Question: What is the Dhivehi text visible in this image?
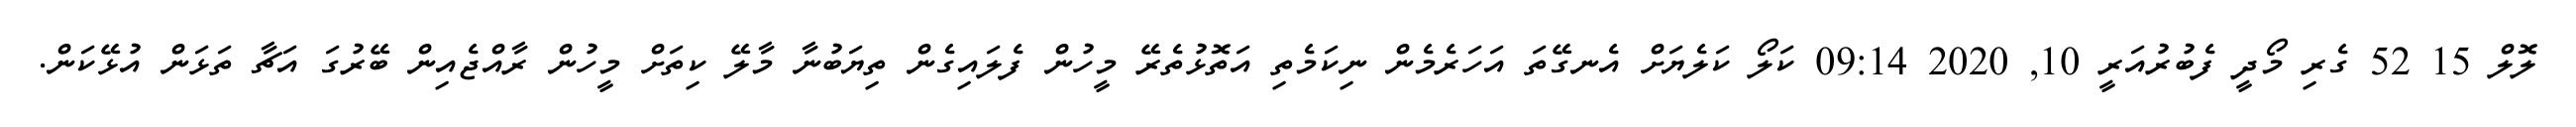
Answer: ލޮލް 15 52 ގެރި މޯދީ ފެބުރުއަރީ 10, 2020 09:14 ކަލޯ ކަލެޔަށް އެނގޭތަ އަހަރެމެން ނިކަމެތި އަތޮޅުތެރޭ މީހުން ފެލައިގެން ތިޔަބުނާ މާލޭ ކިތަށް މީހުން ރާއްޖެއިން ބޭރުގަ އަޗާ ތަޅަން އުޅޭކަން.